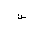
Letter: _sin